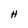
Character: H